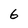
Character: 6